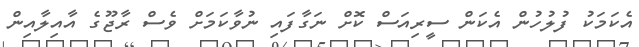
އެކަމަކު ފުލުހުން އެކަން ސީރިއަސް ކޮށް ނަގާފައި ނުވާކަމަށް ވެސް ރާޖޫގެ އާއިލާއިން